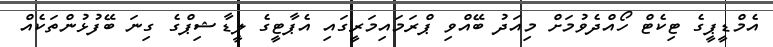
އެމްޑީޕީގެ ޓިކެޓް ހޯއްދެވުމަށް މިއަދު ބޭއްވި ޕްރަމައިމަރީގައި އެޕާޓީގެ ލީޑާޝިޕްގެ ގިނަ ބޭފުޅުންތަކެއް